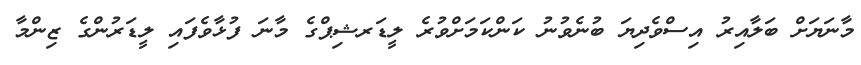
މާނަޔަށް ބަލާއިރު އިސްވެދިޔަ ބުނެވުނު ކަންކަމަށްވުރެ ލީޑަރޝިޕްގެ މާނަ ފުޅާވެފައި ލީޑަރުންގެ ޒިންމާ